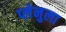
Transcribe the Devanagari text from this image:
प्लेनुला